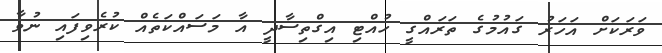
ވަރަކަށް އަހަރު ގައުމުގެ ތަރައްގީ ހުއްޓި އިގްތިސާދީ އާ މަސައްކަތެއް ކުރެވިފައި ނުވާ